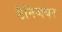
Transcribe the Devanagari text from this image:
टैनिजयर